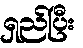
ရှည်ပြီး